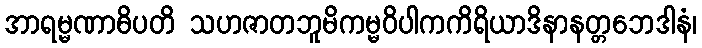
အာရမ္မဏာဓိပတိ သဟဇာတဘူမိကမ္မဝိပါကကိရိယာဒိနာနတ္တဘေဒါနံ၊